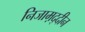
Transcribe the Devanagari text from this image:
निजाम़द्दीन